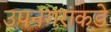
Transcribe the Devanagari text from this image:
उपनगरांकडे